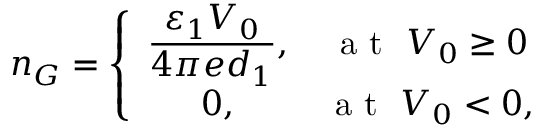
n _ { G } = \left\{ \begin{array} { c c } { \displaystyle { \frac { \varepsilon _ { 1 } V _ { 0 } } { 4 \pi e d _ { 1 } } } , } & { \mathrm { ~ a ~ t ~ } \, \, V _ { 0 } \geq 0 } \\ { 0 , } & { \mathrm { ~ a ~ t ~ } \, \, V _ { 0 } < 0 , } \end{array} \right.